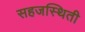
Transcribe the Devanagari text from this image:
सहजस्थिती